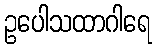
ဥပေါသထာဂါရေ